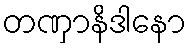
တဏှာနိဒါနော